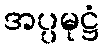
အပ္ပမုဋ္ဌံ